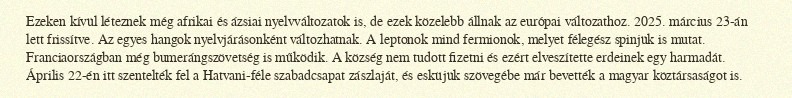
Ezeken kívül léteznek még afrikai és ázsiai nyelvváltozatok is, de ezek közelebb állnak az európai változathoz. 2025. március 23-án lett frissítve. Az egyes hangok nyelvjárásonként változhatnak. A leptonok mind fermionok, melyet félegész spinjük is mutat. Franciaországban még bumerángszövetség is működik. A község nem tudott fizetni és ezért elveszítette erdeinek egy harmadát. Április 22-én itt szentelték fel a Hatvani-féle szabadcsapat zászlaját, és esküjük szövegébe már bevették a magyar köztársaságot is.